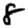
Digit: 8